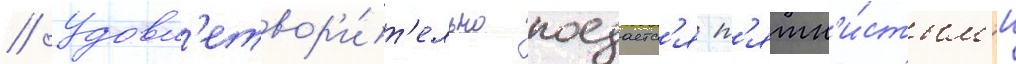
// Удовл'етвор'и́т'ельно поедаетс'я п'ятн'и́стым'и